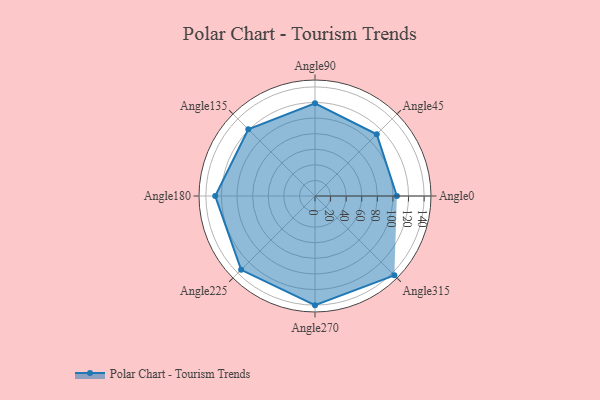
{"axis": {"x": "Angle", "y": "Radius"}, "legend": [""], "data": [{"x": "Angle0", "y": 105.0, "type": ""}, {"x": "Angle45", "y": 112.0, "type": ""}, {"x": "Angle90", "y": 119.0, "type": ""}, {"x": "Angle135", "y": 121.0, "type": ""}, {"x": "Angle180", "y": 128.0, "type": ""}, {"x": "Angle225", "y": 134.0, "type": ""}, {"x": "Angle270", "y": 140.0, "type": ""}, {"x": "Angle315", "y": 144.0, "type": ""}]}